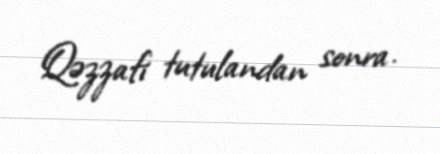
Qəzzafi tutulandan sonra.